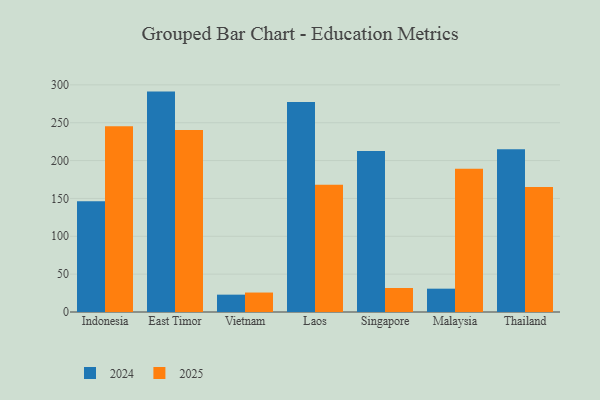
{"axis": {"x": "Country", "y": "Page Views"}, "legend": ["2024", "2025"], "data": [{"x": "Indonesia", "y": 146.3, "type": "2024"}, {"x": "Indonesia", "y": 245.3, "type": "2025"}, {"x": "East Timor", "y": 291.1, "type": "2024"}, {"x": "East Timor", "y": 240.5, "type": "2025"}, {"x": "Vietnam", "y": 22.9, "type": "2024"}, {"x": "Vietnam", "y": 25.7, "type": "2025"}, {"x": "Laos", "y": 277.2, "type": "2024"}, {"x": "Laos", "y": 168.1, "type": "2025"}, {"x": "Singapore", "y": 212.5, "type": "2024"}, {"x": "Singapore", "y": 31.7, "type": "2025"}, {"x": "Malaysia", "y": 30.8, "type": "2024"}, {"x": "Malaysia", "y": 189.3, "type": "2025"}, {"x": "Thailand", "y": 215.1, "type": "2024"}, {"x": "Thailand", "y": 165.0, "type": "2025"}]}